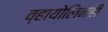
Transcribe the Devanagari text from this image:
व्हायोलिनही